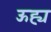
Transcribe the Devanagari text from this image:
ऊह्य